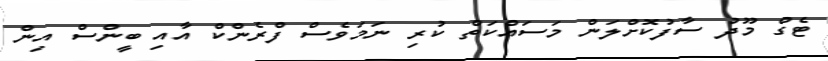
ޓެގް މޫދު ސާފުކޮށްލަން މަސައްކަތް ކުރި ނަމަވެސް ފްރެންކް އާއި ބީންސް އިން